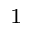
^ 1